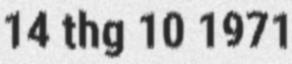
14 thg 10 1971